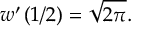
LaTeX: w ^ { \prime } \left( 1 / 2 \right) = { \sqrt { 2 \pi } } .